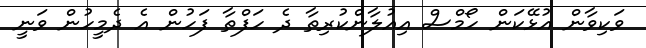
ވަކިވާން އުޅޭކަން ހޯމްސް އިއުލާންކުރިތާ ދެ ހަފްތާ ފަހުން އެ ދެމީހުން ވަނީ